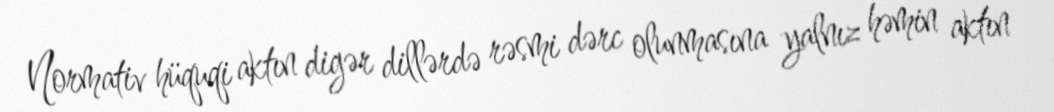
Normativ hüquqi aktın digər dillərdə rəsmi dərc olunmasına yalnız həmin aktın